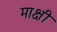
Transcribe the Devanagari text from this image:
माक्षी